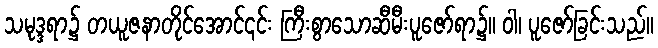
သမုဒ္ဒရာ၌ တယူဇနာတိုင်အောင်၎င်း ကြီးစွာသောဆီမီးပူဇော်ရာ၌။ ဝါ၊ ပူဇော်ခြင်းသည်။